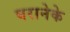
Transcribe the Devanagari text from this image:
घरानेके